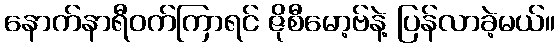
နောက်နာရီဝက်ကြာရင် ဇိုစီမော့ဗ်နဲ့ ပြန်လာခဲ့မယ်။